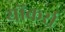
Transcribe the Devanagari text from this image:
योंकर्स